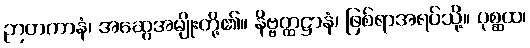
ဉာတကာနံ၊ အဆွေအမျိုးတို့၏။ နိဗ္ဗတ္ထဋ္ဌာနံ၊ ဖြစ်ရာအရပ်သို့။ ပုစ္ဆထ၊